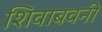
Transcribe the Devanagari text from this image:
शिवाबवनी